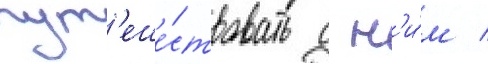
пут'еше́ствовать с н'и́м /